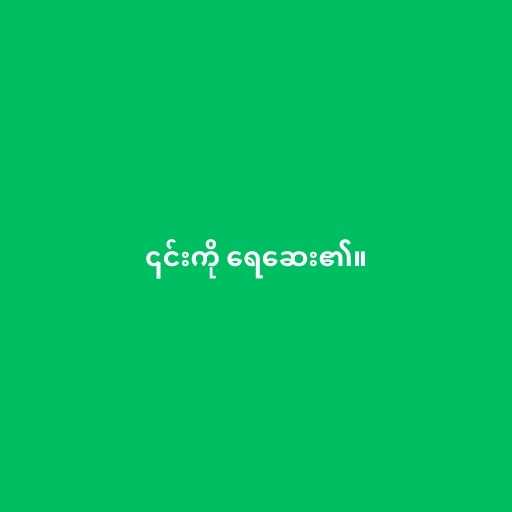
၎င်းကို ရေဆေး၏။